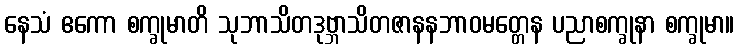
နေသံ ဧကော စက္ခုမာတိ သုဘာသိတဒုဗ္ဘာသိတဇာနနဘာဝမတ္တေန ပညာစက္ခုနာ စက္ခုမာ။